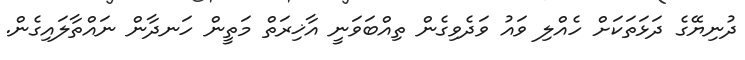
ދުނިޔޭގެ ދަޅަތަކަށް ހެއްލި ވައު ވަދެވިގެން ތިއްބަވަނީ އާޚިރަތް މަތީން ހަނދާން ނައްތާލައިގެން.